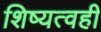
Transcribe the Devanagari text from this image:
शिष्यत्वही